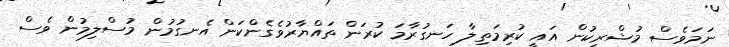
ނަމަވެސް މުޝްރިކުން އައީ ކުރިމަތިލާ ހަނގުރާމަ ކުރަން ތައްޔާރުވެގެންކަން އެނގުމުން މުސްލިމުން ވެސް